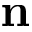
\mathbf { n }